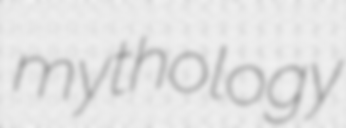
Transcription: mythology